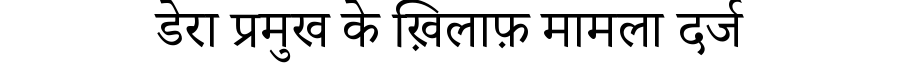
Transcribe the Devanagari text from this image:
डेरा प्रमुख के ख़िलाफ़ मामला दर्ज